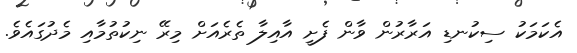
އެކަމަކު ސިކުނޑި އަރާރުން ވާން ފެށީ އާއިލާ ތެރެއަށް މިރޭ ނިކުތުމާއި މެދުގައެވެ.